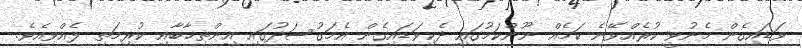
ވަޑައިގެން މެނުވީ ކުރެއްވޭނެ ކަމެއް ނޫންކަމުގައި ދެކިވަޑައިގެން އެމަގުސަދުގައި އިންތިޚާބާއި ކުރިމަތި ލެއްވިއެވެ.